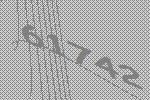
61742